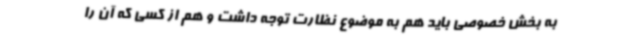
به بخش خصوصی باید هم به موضوع نظارت توجه داشت و هم از کسی که آن را